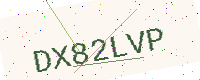
Text: DX82LVP